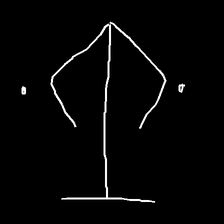
Glyph: earth